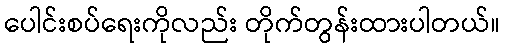
ပေါင်းစပ်ရေးကိုလည်း တိုက်တွန်းထားပါတယ်။